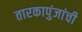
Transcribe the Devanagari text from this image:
तारकापुंजांची